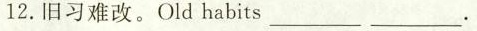
12.旧习难改.Old habits._________ _________.